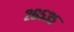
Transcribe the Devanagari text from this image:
२६५३५